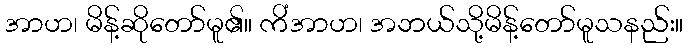
အာဟ၊ မိန့်ဆိုတော်မူ၏။ ကိံအာဟ၊ အဘယ်သို့မိန့်တော်မူသနည်း။